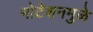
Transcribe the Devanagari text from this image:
नोटेशनमुळे